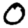
Digit: 0